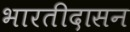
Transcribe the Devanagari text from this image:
भारतीदासन